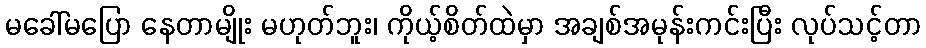
မခေါ်မပြော နေတာမျိုး မဟုတ်ဘူး၊ ကိုယ့်စိတ်ထဲမှာ အချစ်အမုန်းကင်းပြီး လုပ်သင့်တာ